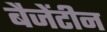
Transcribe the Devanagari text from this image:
बैजेंटीन